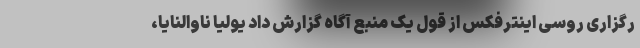
رگزاری روسی اینترفکس از قول یک منبع آگاه گزارش داد یولیا ناوالنایا،